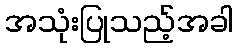
အသုံးပြုသည့်အခါ